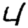
Digit: 4